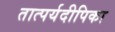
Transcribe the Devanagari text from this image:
तात्पर्यदीपिका